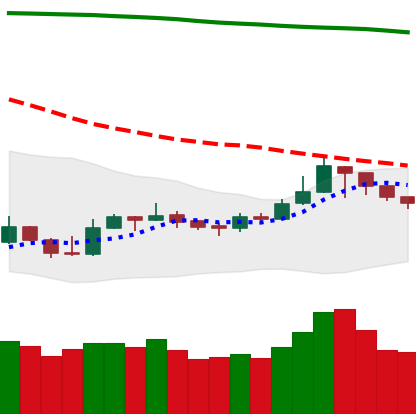
Ticker: LTC-USD
Chart end date: 2019-09-22
Forward return: -22.385%
Label: down_7plus